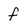
Character: f